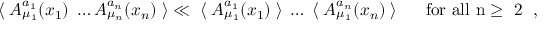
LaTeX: \langle \; A _ { \mu _ { 1 } } ^ { a _ { 1 } } ( x _ { 1 } ) \; \ldots A _ { \mu _ { n } } ^ { a _ { n } } ( x _ { n } ) \; \rangle \ll \; \langle \; A _ { \mu _ { 1 } } ^ { a _ { 1 } } ( x _ { 1 } ) \; \rangle \; \ldots \; \langle \; A _ { \mu _ { 1 } } ^ { a _ { n } } ( x _ { n } ) \; \rangle \; \; \; \; \; \; \mathrm { f o r ~ a l l ~ n \ge ~ 2 ~ } \; ,